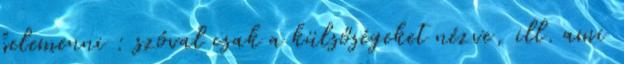
belemenni : szóval csak a külsőségeket nézve, ill. ami